Annual report of the Bengal Veterinary College and of the Civil Veterinary Department, Bengal, for the year 1919-20 - 1919-1920
Year: 1919
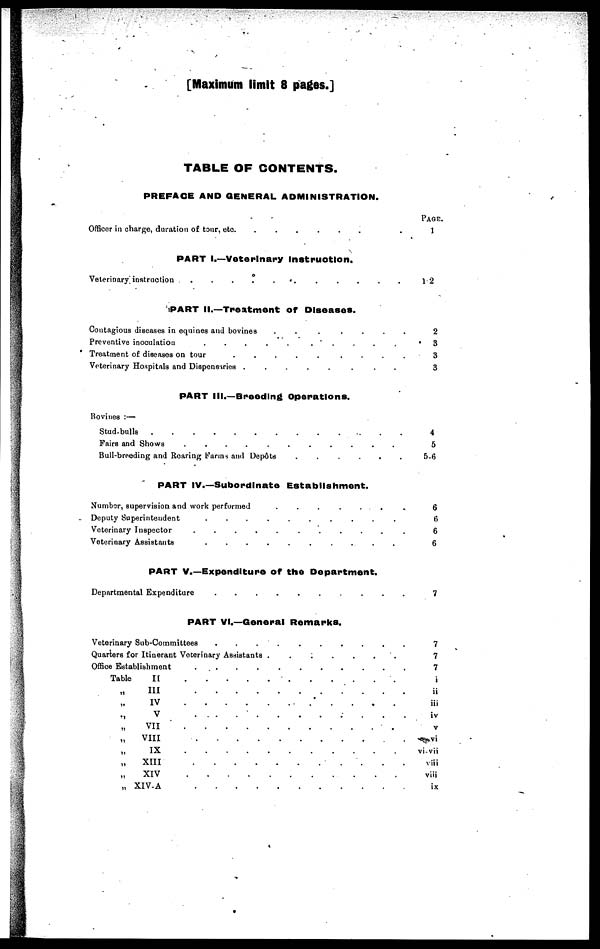
[Maximum limit 8 pages.]
TABLE OF CONTENTS.
PREFACE AND GENERAL ADMINISTRATION.
Officer in charge, duration of tour, etc. . . . . . . . .
PART 1.—Veterinary instruction.
Veterinary instruction . . . . . . . . .
PART II.—Treatment of Diseases.
Contagious diseases in equines and bovines
.
.
.
.
.
.
Preventive inoculation
.
.
.
.
.
.
.
.
.
.
Treatment of diseases on tour
.
.
.
.
.
.
.
.
.
Veterinary Hospitals and Dispensaries . . . . . . . . . . . .
PART III.—Breeding Operations.
Bovines:—
Stud-bulla
.
.
.
.
.
.
.
.
.
.
.
.
.
Fairs and Shows . . . . . . . . . . .
Bull-breeding and Rearing Farms and Depôts
.
.
.
.
.
.
PART IV.—Subordinate Establishment.
Number, supervision and work performed . . . . . . . .
Deputy Superintendent
.
.
.
.
.
.
.
.
.
.
Veterinary Inspector . . . . . . . . .
Veterinary Assistants
.
.
.
.
.
.
.
.
.
.
PART V.—Expenditure of the Department.
Department Expenditure . . . . . . . .
PART VI.—General Remarks.
Veterinary Sub-Committees . . . . . . . .
Quarters for Itinerant Veterinary Assistants . . . . . . . . . .
Office Establishment . . . . . . . . .
Table II . . . . .
„ III . . . . . . . . . . . .
„ IV
.
.
.
.
.
.
.
.
.
.
.
„ V . . . . . . . . . . .
„ VII
.
.
.
.
.
.
.
.
.
.
.
.
.
.
„
VIII
.
.
.
.
.
.
.
.
.
.
.
„ IX
.
.
.
.
..
.
.
.
.
.
.
.
„
XIII
.
.
.
.
.
.
.
.
.
.
.
„
XIV
.
.
.
.
.
.
.
.
.
.
.
„ XIV-A
.
.
.
.
.
.
.
.
.
.
.
PAGE.
1
1-2
2
3
3
3
4
5
5-6
6
6
6
6
7
7
7
7
i
ii
iii
iv
v
vi
vi-vii
viii
viii
ix